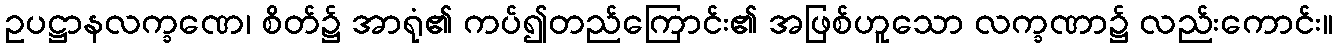
ဥပဋ္ဌာနလက္ခဏေ၊ စိတ်၌ အာရုံ၏ ကပ်၍တည်ကြောင်း၏ အဖြစ်ဟူသော လက္ခဏာ၌ လည်းကောင်း။